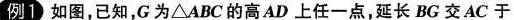
例1如图，已知，G为△ABC的高AD上任一点，延长BG交AC于